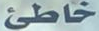
خاطئ